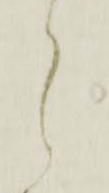
ら